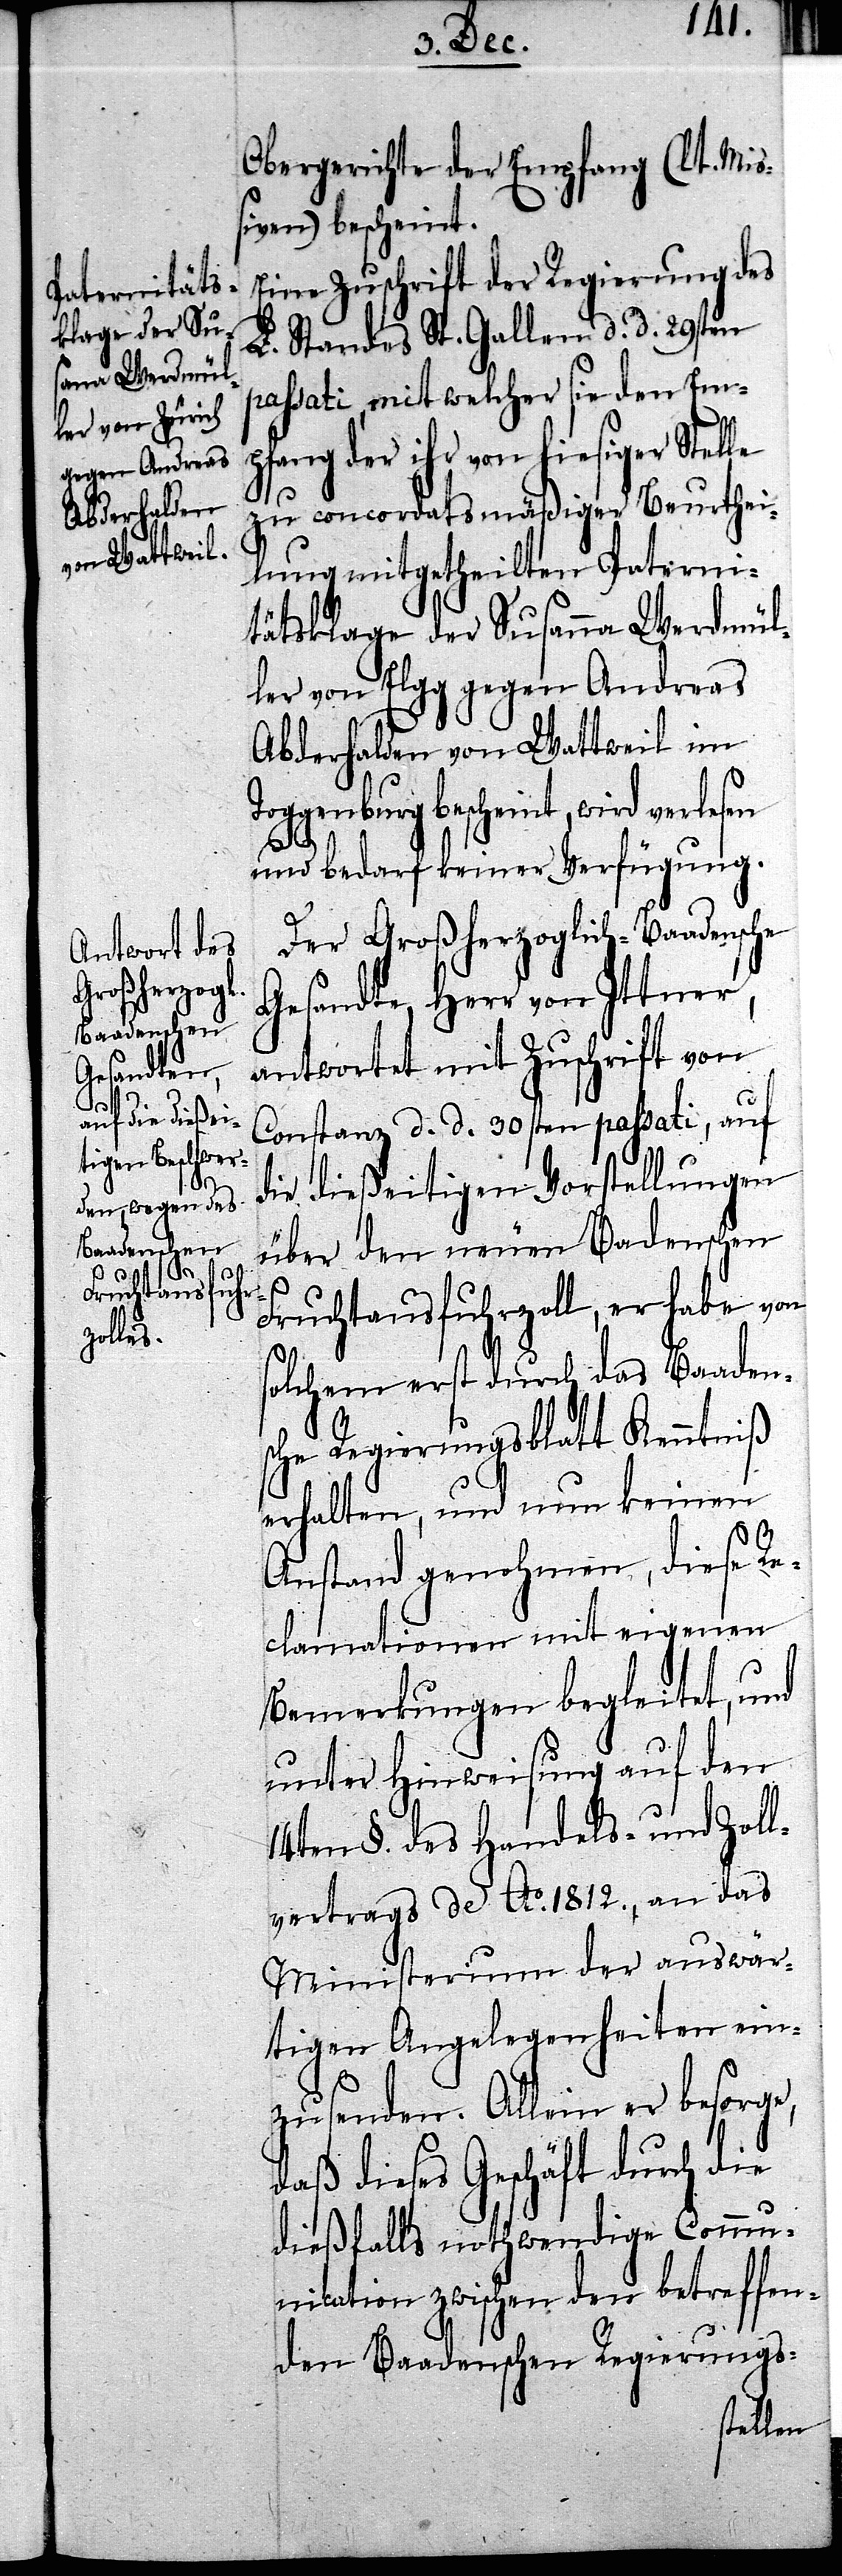
Werdmül¬

Obergerichte der Empfang (lt. Mißi¬
ven) bescheint.
Eine Zuschrift der Regierung des
L. Standes St. Gallen d. d. 29sten
passati, mit welcher sie den Emp¬
fang der ihr von hiesiger Stelle
zu concordatsmäßiger Beurthei¬
lung mitgetheilten Paterni¬
tätsklage der Susanna [sic!]
ler von Elgg gegen Andreas
Abderhalden von Wattweil im
Toggenburg bescheint, wird verlesen
und bedarf keiner Verfügung.
Der Großherzoglich-Baadensche
Gesandte, Herr von Ittner,
antwortet mit Zuschrift von
Constanz d. d. 30sten passati, auf
die dießeitigen Vorstellungen
über den neuen Badenschen
Fruchtausfuhrzoll, er habe von
solchem erst durch das Baaden¬
sche Regierungsblatt Kenntniß
erhalten, und nun keinen
Anstand genohmen, diese Re¬
clamationen mit eigenen
Bemerkungen begleitet, und
unter Hinweisung auf den
14ten §. des Handels- und Zoll¬
vertrags de Ao. 1812., an das
Ministerium der auswär¬
tigen Angelegenheiten ein¬
zusenden. Allein er besorge,
daß dieses Geschäft durch die
dießfalls nothwendige Commu¬
nication zwischen den betreffen¬
den Baadenschen Regierungs-